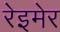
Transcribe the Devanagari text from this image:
रेइमेर